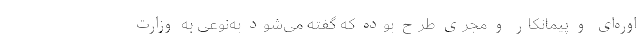
اوره‌ای و پیمانکار و مجری طرح بوده که گفته می‌شود به‌نوعی به وزارت